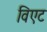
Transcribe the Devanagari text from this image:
विएट